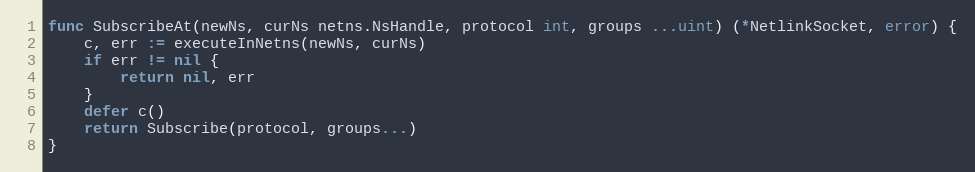
Language: Go
func SubscribeAt(newNs, curNs netns.NsHandle, protocol int, groups ...uint) (*NetlinkSocket, error) {
	c, err := executeInNetns(newNs, curNs)
	if err != nil {
		return nil, err
	}
	defer c()
	return Subscribe(protocol, groups...)
}